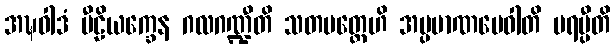
အဍ္ဎဝါဒံ ပီဠိယက္ခေန ဂလဂဏ္ဍီတိ သတမတ္တေဟိ အပ္ပမာဏမေဝါတိ ပရမ္ပီတိ